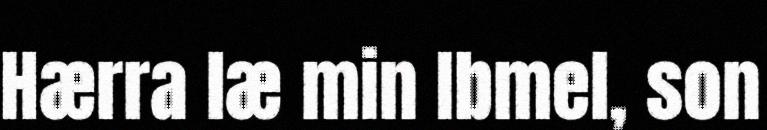
Hærra læ min Ibmel, son